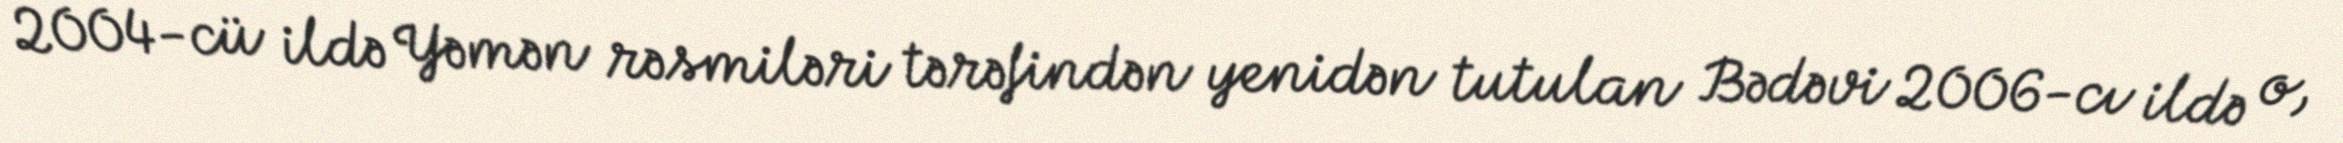
2004-cü ildə Yəmən rəsmiləri tərəfindən yenidən tutulan Bədəvi 2006-cı ildə o,